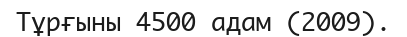
Тұрғыны 4500 адам (2009).